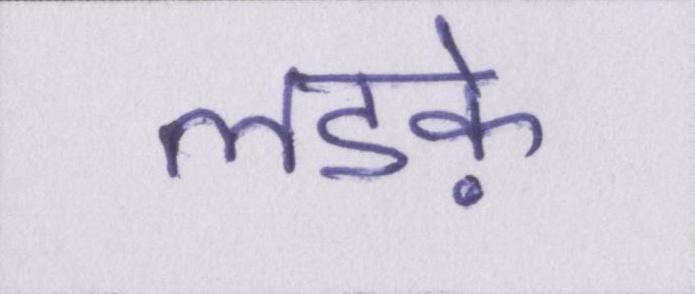
लडक़े